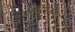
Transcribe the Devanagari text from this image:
डिसलिपिडेमिया